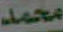
محمد